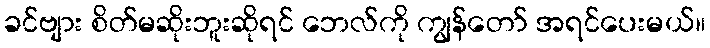
ခင်ဗျား စိတ်မဆိုးဘူးဆိုရင် ဘေလ်ကို ကျွန်တော် အရင်ပေးမယ်။